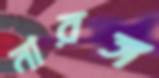
নারঙ্গ